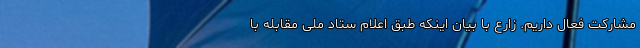
مشارکت فعال داریم. زارع با بیان اینکه طبق اعلام ستاد ملی مقابله با